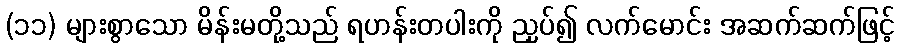
(၁၁) များစွာသော မိန်းမတို့သည် ရဟန်းတပါးကို ညှပ်၍ လက်မောင်း အဆက်ဆက်ဖြင့်